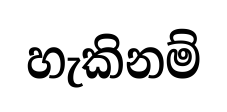
හැකිනම්